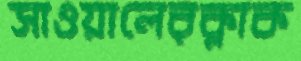
সাওয়ালেরক্লাক